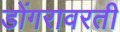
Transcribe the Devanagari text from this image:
डोंगरावरती